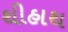
થીહાથ